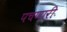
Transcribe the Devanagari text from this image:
पचणारी